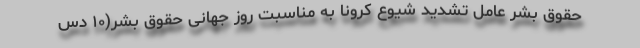
حقوق بشر عامل تشدید شیوع کرونا به مناسبت روز جهانی حقوق بشر(۱۰ دس